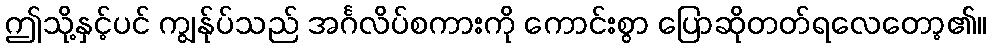
ဤသို့နှင့်ပင် ကျွန်ုပ်သည် အင်္ဂလိပ်စကားကို ကောင်းစွာ ပြောဆိုတတ်ရလေတော့၏။